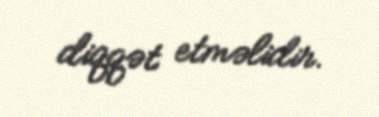
diqqət etməlidir.